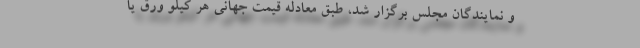
و نمایندگان مجلس برگزار شد، طبق معادله قیمت جهانی هر کیلو ورق یا